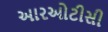
આરઓટીસી